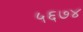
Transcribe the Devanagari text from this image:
५६७४